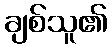
ချစ်သူ၏